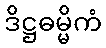
ဒိဋ္ဌဓမ္မိကံ